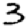
Digit: 3